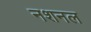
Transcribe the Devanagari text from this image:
नशनल